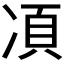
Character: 𱐇